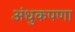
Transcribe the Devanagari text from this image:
अंधुकपणा